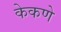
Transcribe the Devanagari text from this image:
केकणे